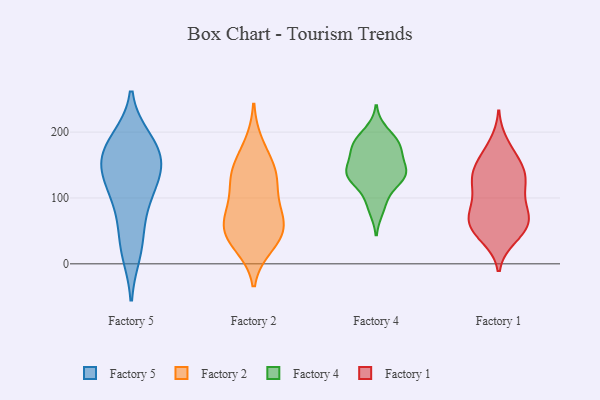
{"axis": {"x": "Shipments", "y": "Value"}, "legend": ["Factory 1", "Factory 2", "Factory 4", "Factory 5"], "data": [{"x": "", "y": 187, "type": "Factory 5"}, {"x": "", "y": 169, "type": "Factory 5"}, {"x": "", "y": 105, "type": "Factory 5"}, {"x": "", "y": 128, "type": "Factory 5"}, {"x": "", "y": 165, "type": "Factory 5"}, {"x": "", "y": 19, "type": "Factory 5"}, {"x": "", "y": 147, "type": "Factory 5"}, {"x": "", "y": 35, "type": "Factory 5"}, {"x": "", "y": 137, "type": "Factory 5"}, {"x": "", "y": 179, "type": "Factory 5"}, {"x": "", "y": 84, "type": "Factory 5"}, {"x": "", "y": 36, "type": "Factory 2"}, {"x": "", "y": 83, "type": "Factory 2"}, {"x": "", "y": 132, "type": "Factory 2"}, {"x": "", "y": 181, "type": "Factory 2"}, {"x": "", "y": 55, "type": "Factory 2"}, {"x": "", "y": 93, "type": "Factory 2"}, {"x": "", "y": 51, "type": "Factory 2"}, {"x": "", "y": 69, "type": "Factory 2"}, {"x": "", "y": 138, "type": "Factory 2"}, {"x": "", "y": 28, "type": "Factory 2"}, {"x": "", "y": 147, "type": "Factory 2"}, {"x": "", "y": 128, "type": "Factory 2"}, {"x": "", "y": 47, "type": "Factory 2"}, {"x": "", "y": 136, "type": "Factory 4"}, {"x": "", "y": 84, "type": "Factory 4"}, {"x": "", "y": 144, "type": "Factory 4"}, {"x": "", "y": 139, "type": "Factory 4"}, {"x": "", "y": 95, "type": "Factory 4"}, {"x": "", "y": 175, "type": "Factory 4"}, {"x": "", "y": 139, "type": "Factory 4"}, {"x": "", "y": 200, "type": "Factory 4"}, {"x": "", "y": 176, "type": "Factory 4"}, {"x": "", "y": 180, "type": "Factory 4"}, {"x": "", "y": 187, "type": "Factory 4"}, {"x": "", "y": 131, "type": "Factory 4"}, {"x": "", "y": 172, "type": "Factory 4"}, {"x": "", "y": 132, "type": "Factory 4"}, {"x": "", "y": 131, "type": "Factory 4"}, {"x": "", "y": 119, "type": "Factory 1"}, {"x": "", "y": 40, "type": "Factory 1"}, {"x": "", "y": 134, "type": "Factory 1"}, {"x": "", "y": 67, "type": "Factory 1"}, {"x": "", "y": 160, "type": "Factory 1"}, {"x": "", "y": 182, "type": "Factory 1"}, {"x": "", "y": 131, "type": "Factory 1"}, {"x": "", "y": 69, "type": "Factory 1"}, {"x": "", "y": 138, "type": "Factory 1"}, {"x": "", "y": 140, "type": "Factory 1"}, {"x": "", "y": 44, "type": "Factory 1"}, {"x": "", "y": 50, "type": "Factory 1"}, {"x": "", "y": 65, "type": "Factory 1"}, {"x": "", "y": 126, "type": "Factory 1"}, {"x": "", "y": 165, "type": "Factory 1"}, {"x": "", "y": 96, "type": "Factory 1"}, {"x": "", "y": 82, "type": "Factory 1"}, {"x": "", "y": 59, "type": "Factory 1"}, {"x": "", "y": 100, "type": "Factory 1"}, {"x": "", "y": 67, "type": "Factory 1"}]}